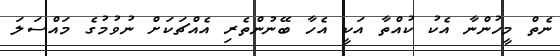
ނެތް މީހުންނާ އެކު ކުއްތާ އަކީ އެހާ ބޭނުންތެރި އެއްޗަކަށް ނުވުމުގެ މައްސަލަ